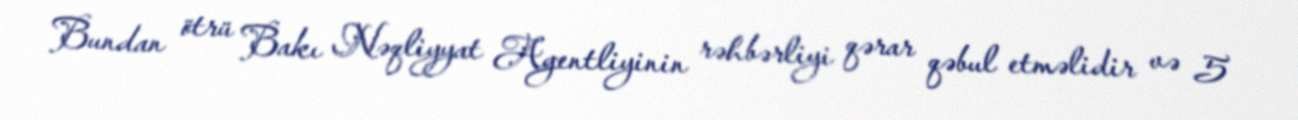
Bundan ötrü Bakı Nəqliyyat Agentliyinin rəhbərliyi qərar qəbul etməlidir və 5